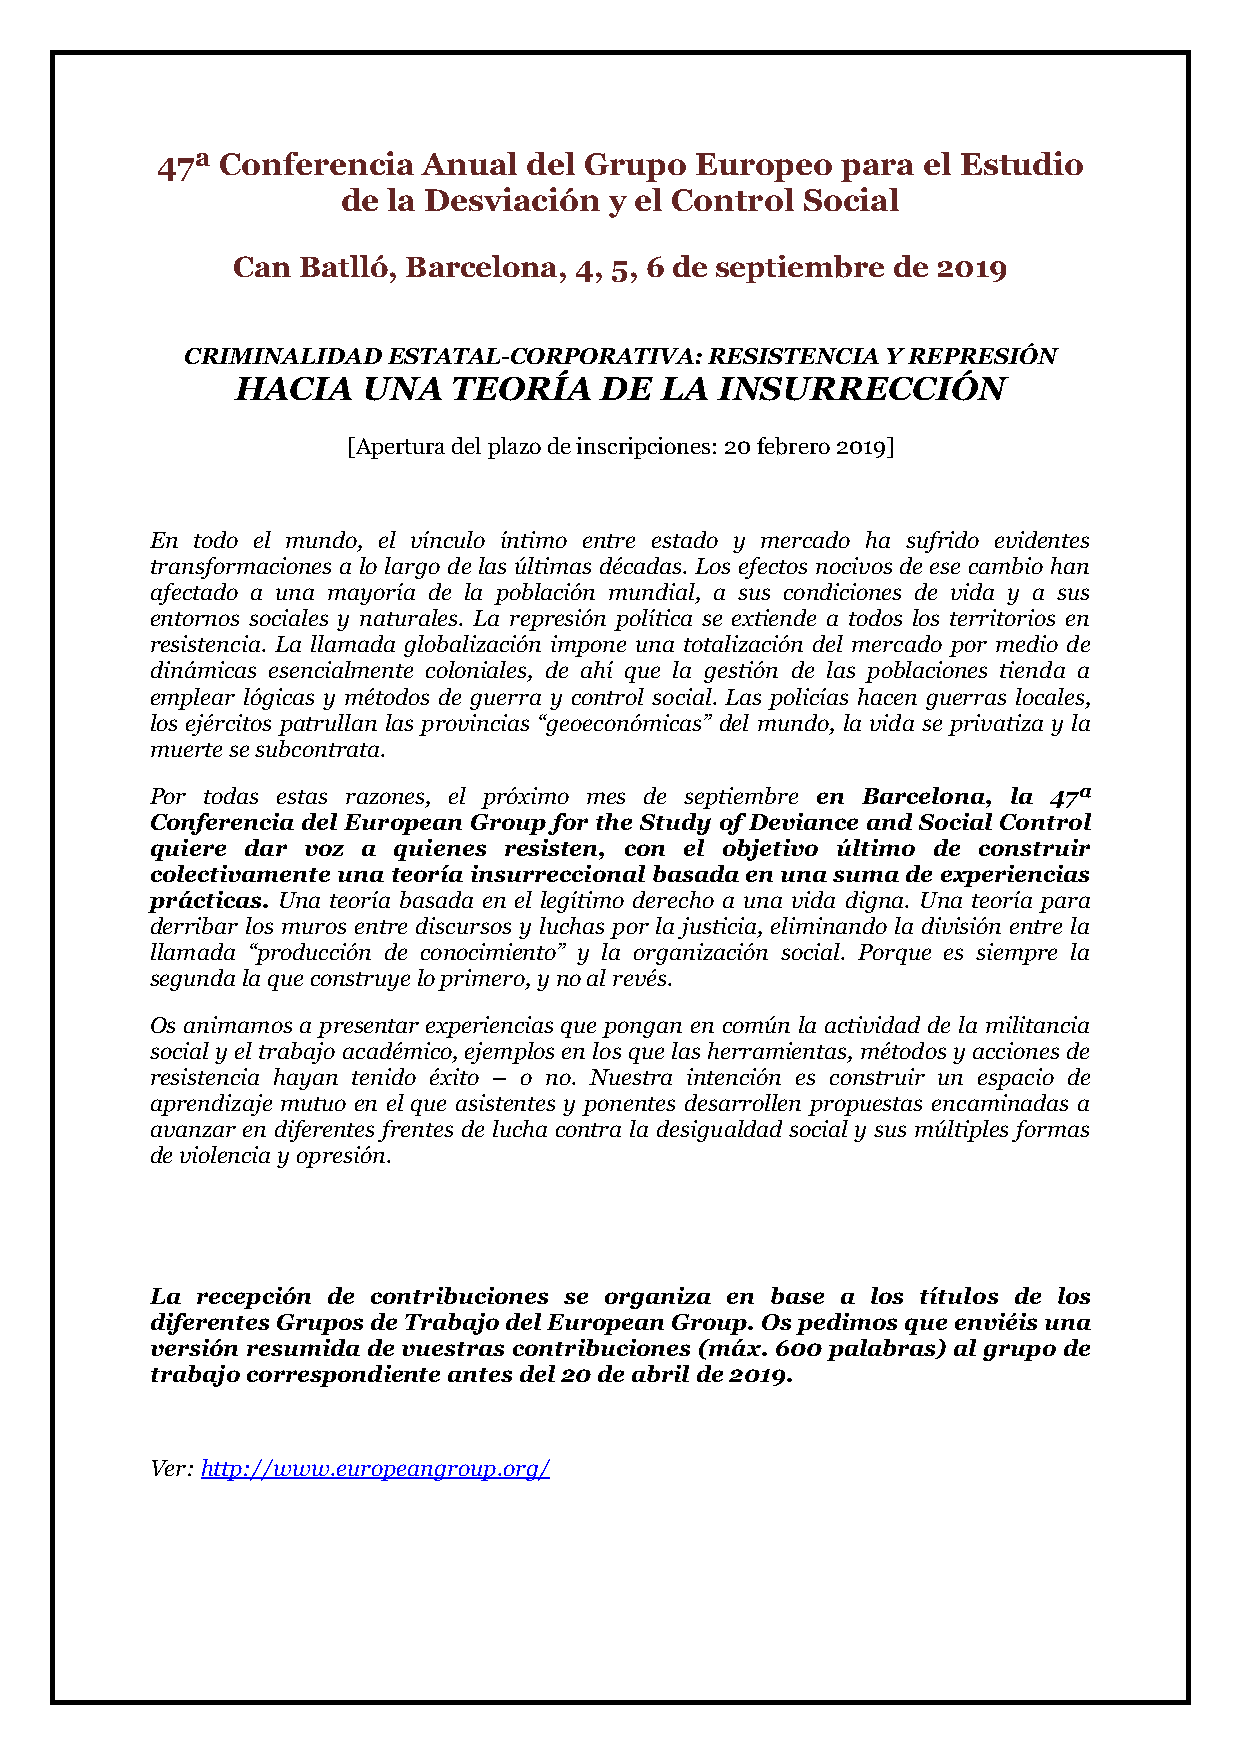
47ª  Conferencia  Anual  del Grupo  Europeo   para el Estudio
 de la Desviación y el Control Social
 Can  Batlló, Barcelona, 4, 5, 6 de septiembre de 2019
 CRIMINALIDAD  ESTATAL-CORPORATIVA: RESISTENCIA Y REPRESIÓN
 HACIA   UNA   TEORÍA    DE  LA  INSURRECCIÓN
 [Apertura del plazo de inscripciones: 20 febrero 2019]
 En todo el mundo, el vínculo íntimo entre estado y mercado ha sufrido evidentes
 transformaciones a lo largo de las últimas décadas. Los efectos nocivos de ese cambio han
 afectado a una mayoría de la población mundial, a sus condiciones de vida y a sus
 entornos sociales y naturales. La represión política se extiende a todos los territorios en
 resistencia. La llamada globalización impone una totalización del mercado por medio de
 dinámicas esencialmente coloniales, de ahí que la gestión de las poblaciones tienda a
 emplear lógicas y métodos de guerra y control social. Las policías hacen guerras locales,
 los ejércitos patrullan las provincias “geoeconómicas” del mundo, la vida se privatiza y la
 muerte se subcontrata.
 Por todas estas razones, el próximo mes de septiembre en Barcelona, la 47ª
 Conferencia del European Group for the Study of Deviance and Social Control
 quiere dar voz a quienes resisten, con el objetivo último de construir
 colectivamente una teoría insurreccional basada en una suma de experiencias
 prácticas. Una teoría basada en el legítimo derecho a una vida digna. Una teoría para
 derribar los muros entre discursos y luchas por la justicia, eliminando la división entre la
 llamada “producción de conocimiento” y la organización social. Porque es siempre la
 segunda la que construye lo primero, y no al revés.
 Os animamos a presentar experiencias que pongan en común la actividad de la militancia
 social y el trabajo académico, ejemplos en los que las herramientas, métodos y acciones de
 resistencia hayan tenido éxito – o no. Nuestra intención es construir un espacio de
 aprendizaje mutuo en el que asistentes y ponentes desarrollen propuestas encaminadas a
 avanzar en diferentes frentes de lucha contra la desigualdad social y sus múltiples formas
 de violencia y opresión.
 La recepción de contribuciones se organiza en base a los títulos de los
 diferentes Grupos de Trabajo del European Group. Os pedimos que enviéis una
 versión resumida de vuestras contribuciones (máx. 600 palabras) al grupo de
 trabajo correspondiente antes del 20 de abril de 2019.
 Ver: http://www.europeangroup.org/